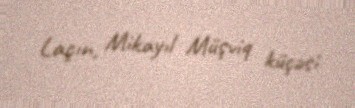
Laçın, Mikayıl Müşviq küçəsi